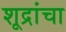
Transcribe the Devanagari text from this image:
शूद्रांचा